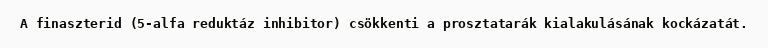
A finaszterid (5-alfa reduktáz inhibitor) csökkenti a prosztatarák kialakulásának kockázatát.